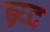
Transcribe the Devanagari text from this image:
ब्र्य्द